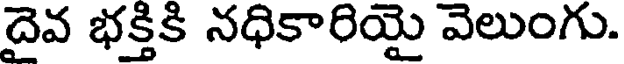
దైవ భక్తికి నధికారియై వెలుంగు.